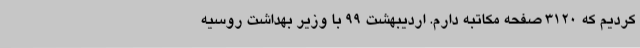
کردیم که ۳۱۲۰ صفحه مکاتبه دارم. اردیبهشت ۹۹ با وزیر بهداشت روسیه